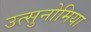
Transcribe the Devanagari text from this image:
उत्सुनोमिया